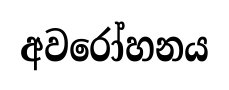
අවරෝහනය